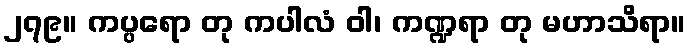
၂၇၉။ ကပ္ပရော တု ကပါလံ ဝါ၊ ကဏ္ဍရာ တု မဟာသိရာ။